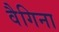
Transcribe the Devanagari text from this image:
वैगिना